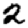
Digit: 2